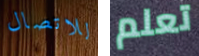
للاتصال تعلم